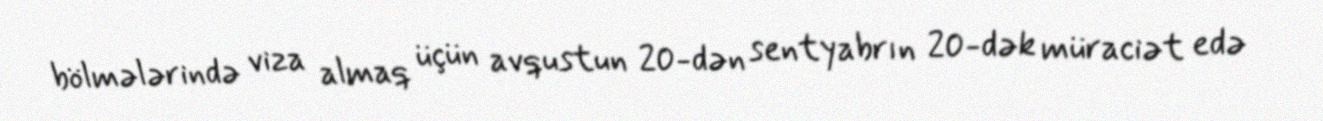
bölmələrində viza almaq üçün avqustun 20-dən sentyabrın 20-dək müraciət edə